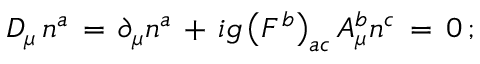
D _ { \mu } \, n ^ { a } \, = \, \partial _ { \mu } n ^ { a } \, + \, i g \left( F ^ { b } \right) _ { a c } A _ { \mu } ^ { b } n ^ { c } \, = \, 0 \, ;